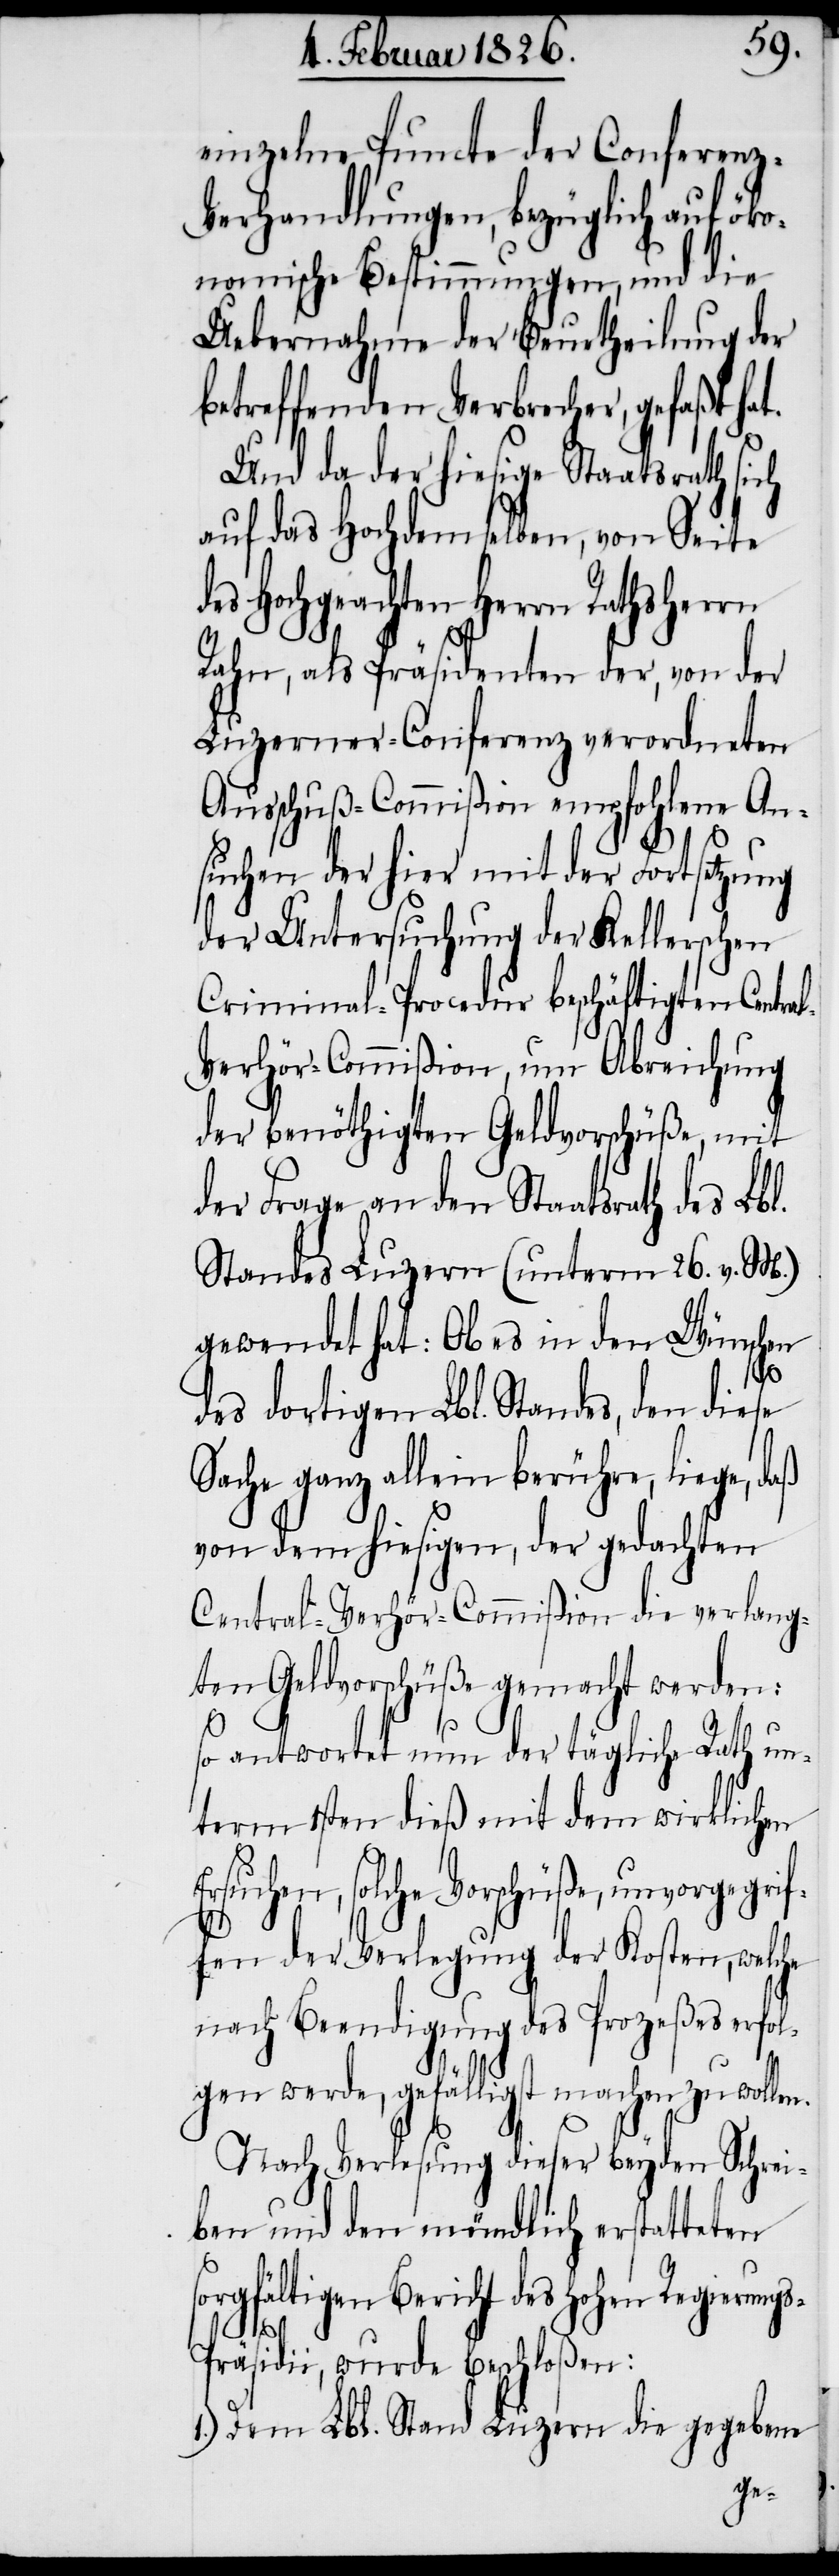
einzelne Puncte der Conferenz-V¬
erhandlungen, bezüglich auf öko¬
nomische Bestimmungen, und die
Uebernahme der Beurtheilung der
betreffenden Verbrecher, gefaßt hat.
Und da der hiesige Staatsrath sich
auf das Hochdemselben, von Seite
des Hochgeachten Herrn Rathsherrn
Rahn, als Präsidenten der, von der
Luzerner-Conferenz verordneten
Ausschuß-Commißion empfohlene An¬
s-P¬
suchen der hier mit der Fortsetzung
der Untersuchung der Kellerschen
Criminal-Procedur beschäftigten Centra¬
l-Verhör-Commißion, um Abreichung
der benöthigten Geldvorschüße, mit
der Frage an den Staatsrath des Lbl.
Standes Luzern (unterm 26. v. M.)
gewendet hat: Ob es in den Wünschen
len.
des dortigen Lbl. Standes, den diese
Sache ganz allein berühre, liege, daß
von dem hiesigen, der gedachten
Central-Verhör-Commißion die verlang¬
ten Geldvorschüße gemacht werden:
so antwortet nun der tägliche Rath un¬
term 1sten dieß mit dem wirklichen
Ersuchen, solche Vorschüße, unvorgegrif¬
fen der Verlegung der Kosten, welche
nach Beendigung des Prozeßes erfol¬
gen werde, gefälligst machen zu wol¬
Nach Verlesung dieser beyden Schrei¬
ben und den mündlich erstatteten
sorgfältigen Bericht des hohen Regierung¬
räsidii, wurde beschloßen:
1.) Dem Lbl. Stand Luzern die gegebene